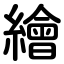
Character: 繪